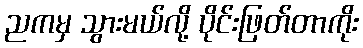
ညကမှ သွားမယ်လို့ ပိုင်းဖြတ်တာကိုး